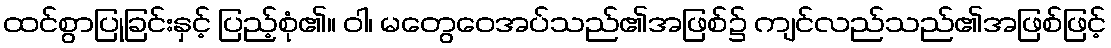
ထင်စွာပြုခြင်းနှင့် ပြည့်စုံ၏။ ဝါ၊ မတွေဝေအပ်သည်၏အဖြစ်၌ ကျင်လည်သည်၏အဖြစ်ဖြင့်